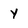
Character: Y